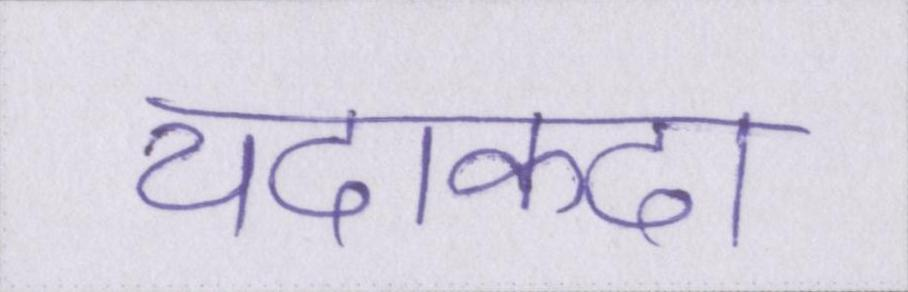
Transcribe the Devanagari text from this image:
यदाकदा